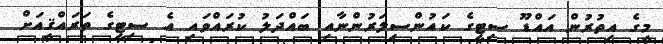
މީގެ އިތުރުން އައްޑޫ ސިޓީގެ ކައުންސިލަރުންނާއި ބައްދަލު ކުރައްވައި އެ ސިޓީގެ ތަރައްޤީއަށް